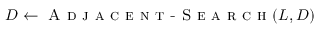
D \gets \textsc { A d j a c e n t - S e a r c h } ( L , D )